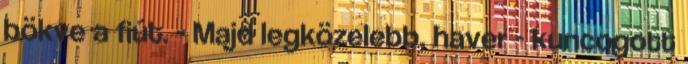
bökve a fiút. - Majd legközelebb, haver - kuncogott